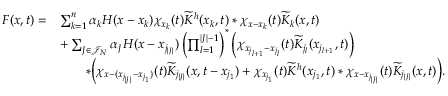
\begin{array} { r l } { F ( x , t ) = } & { \sum _ { k = 1 } ^ { n } \alpha _ { k } H ( x - x _ { k } ) \chi _ { x _ { k } } ( t ) \widetilde { K } ^ { h } ( x _ { k } , t ) \ast \chi _ { x - x _ { k } } ( t ) \widetilde { K } _ { k } ( x , t ) } \\ & { + \sum _ { J \in \mathcal { J } _ { N } } \alpha _ { J } H ( x - x _ { j _ { | J | } } ) \left( \prod _ { l = 1 } ^ { | J | - 1 } \right) ^ { \ast } \left( \chi _ { x _ { j _ { l + 1 } } - x _ { j _ { l } } } ( t ) \widetilde { K } _ { j _ { l } } ( x _ { j _ { l + 1 } } , t ) \right) } \\ & { \qquad \ast \Big ( \chi _ { x - ( x _ { j _ { | J | } } - x _ { j _ { 1 } } ) } ( t ) \widetilde { K } _ { j _ { | J | } } ( x , t - x _ { j _ { 1 } } ) + \chi _ { x _ { j _ { 1 } } } ( t ) \widetilde { K } ^ { h } ( x _ { j _ { 1 } } , t ) \ast \chi _ { x - x _ { j _ { | J | } } } ( t ) \widetilde { K } _ { j _ { | J | } } ( x , t ) \Big ) . } \end{array}